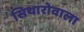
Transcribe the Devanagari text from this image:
सिथारोवाला